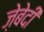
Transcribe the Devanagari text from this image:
ज़ेबेदी